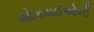
જોગવાઈઓની